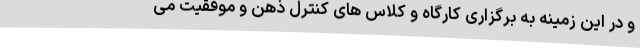
و در این زمینه به برگزاری کارگاه و کلاس های کنترل ذهن و موفقیت می